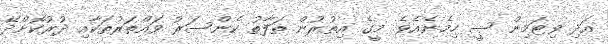
އަދި ވިޓަމިން ސީ ހިމެނެއެވެ. މީގެ އިތުރުން ތަފާތު ކެންސަރު ވައްތަރުތަކާއި ދުރުކޮށްދޭ